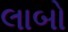
લાબો